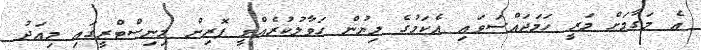
އެ މަގާމަށް މަރީ ހަމަޖައްސަވައި އެކަމުގެ ލިޔުން ހަވާލުކުރެއްވީ ފޮރިން މިނިސްޓްރީގައި މިއަދު